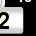
Digit: 2